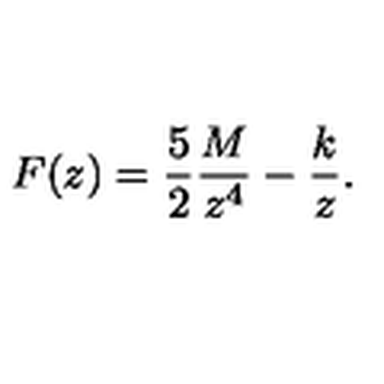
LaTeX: F ( z ) = { \frac { 5 } { 2 } } { \frac { M } { z ^ { 4 } } } - { \frac { k } { z } } .